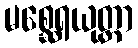
မစ္ဆေရယုတ္တာ